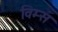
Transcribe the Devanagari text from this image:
विम्स